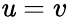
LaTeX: \mathit{u}=v